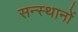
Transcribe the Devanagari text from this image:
सन्स्थानों